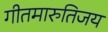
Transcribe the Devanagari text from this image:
गीतमारुतिजय